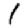
Digit: 1